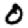
Digit: 0